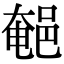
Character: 𨜀